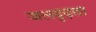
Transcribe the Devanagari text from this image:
जलदृढ़ता